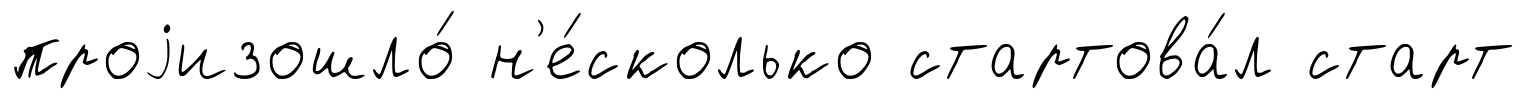
проjизошло́ н'е́сколько стартова́л старт